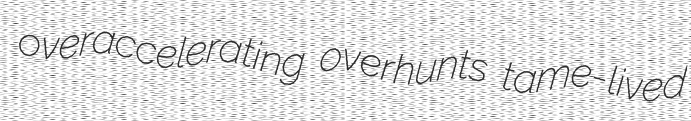
overaccelerating overhunts tame-lived